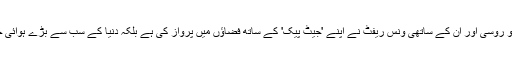
سوئس فضائیہ کےپائلٹ ایو روسی اور ان کے ساتھی ونس ریفٹ نے اپنے 'جیٹ پیک' کے ساتھ فضاؤں میں پرواز کی ہے بلکہ دنیا کے سب سے بڑے ہوائی جہاز کے ہم پرواز ہوگئے۔